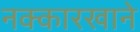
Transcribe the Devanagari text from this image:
नक्कारखाने